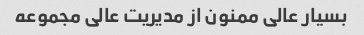
بسیار عالی ممنون از مدیریت عالی مجموعه